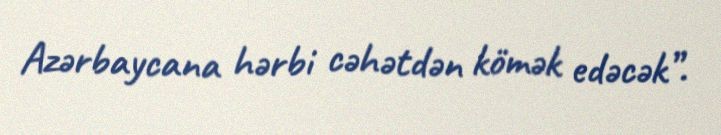
Azərbaycana hərbi cəhətdən kömək edəcək”.